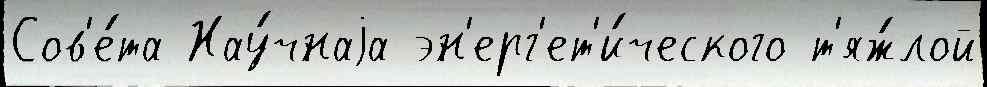
Сов'е́та Нау́чнаjа эн'ерг'ет'и́ческого т'яж́лой